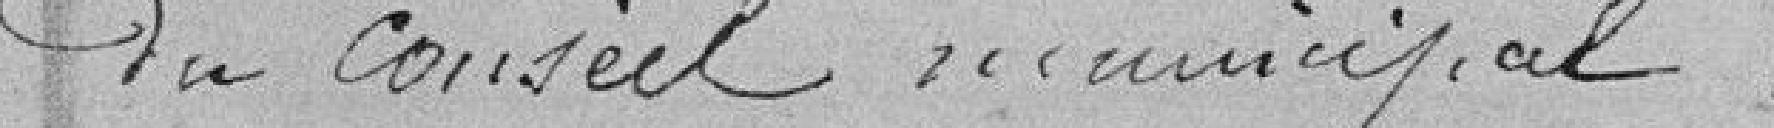
du conseil municipal :